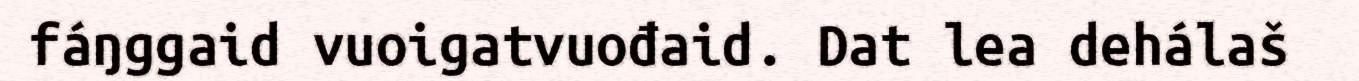
fáŋggaid vuoigatvuođaid. Dat lea dehálaš